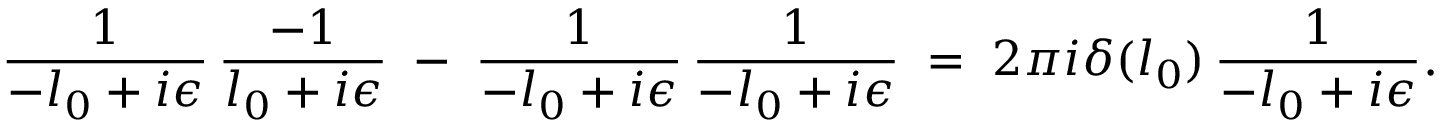
{ \frac { 1 } { - l _ { 0 } + i \epsilon } } \, { \frac { - 1 } { l _ { 0 } + i \epsilon } } \; - \; { \frac { 1 } { - l _ { 0 } + i \epsilon } } \, { \frac { 1 } { - l _ { 0 } + i \epsilon } } \; = \; 2 \pi i \delta ( l _ { 0 } ) \, { \frac { 1 } { - l _ { 0 } + i \epsilon } } .